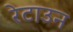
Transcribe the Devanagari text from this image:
रेटाउन